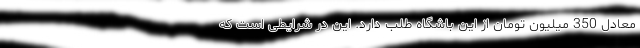
معادل 350 میلیون تومان از این باشگاه طلب دارد. این در شرایطی است که